Investigations into the jail dietaries of the United Provinces with some observations on the influence of dietary on the physical development and well-being of the people of the United Provinces - Number 48
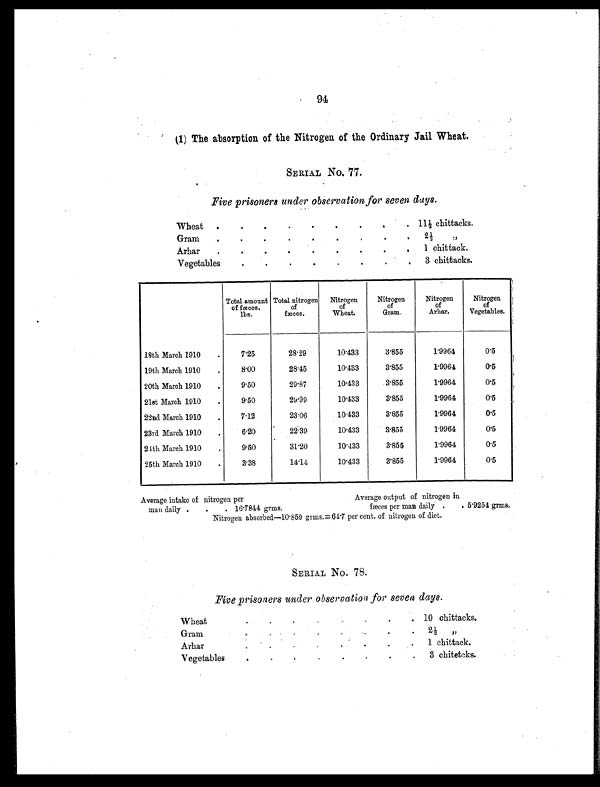
94
(1) The absorption of the Nitrogen of the Ordinary Jail Wheat.
SERIAL NO. 77.
Five prisoners under observation for seven days.
Wheat
.
.
.
.
.
.
.
.
. 11½ chittacks.
Gram
.
.
.
.
.
.
.
.
. 2½ „
Arhar
.
.
.
.
.
.
.
.
. 1 chittack.
Vegetables
.
.
.
.
.
.
.
. 3 chittacks.
Total amount
of fæces.
l b s .
Total nitrogen
of
fæces.
Nitrogen
of
Wheat.
Nitrogen
of
Gram.
Nitrogen
of
Arhar.
Nitrogen
of
Vegetables.
18th March 1910
.
7.25
28.29
10.433
3.855
1.9964
0.5
19th March 1910
.
8.00
28.45
10.433
3.855
1.9964
0.5
20th March 1910
.
9.50
29.87
10.433
3.855
1.9964
0.5
21st March 1910
.
9.50
29.99
10.433
3.855
1.9964
0.5
22nd March 1910
.
7.12
23.06
10.433
3.855
1.9964
0.5
23rd March 1910
.
6.20
22.39
10.433
3.855
1.9964
0.5
24th March 1910
.
9.50
31.20
10.433
3.855
1.9964
0.5
25th March 1910
.
3.38
14.14
10.433
3.855
1.9964
0.5
Average intake of nitrogen per
Average output of nitrogen in
man daily
.
.
. 16. 7844 gr ms .
fæces per man daily
.
. 5.9254 grms.
Nitrogen absorbed—10.859 grms.= 64.7 per cent. of nitrogen of diet.
SERIAL NO. 78.
Five prisoners under observation for seven days.
Wheat
.
.
.
.
.
.
.
. 10 chittacks.
Gram
.
.
. .
.
.
.
. 2 ½ „
Arhar
.
.
.
.
.
.
.
.
1 c h i t t a c k .
Vegetables
.
.
.
.
.
.
.
. 3 chitetcks.